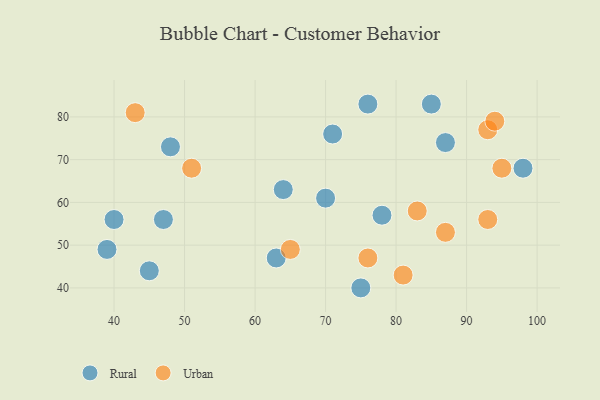
{"axis": {"x": "GDP", "y": "Life Expectancy"}, "legend": ["Rural", "Urban"], "data": [{"x": "47", "y": 56, "type": "Rural"}, {"x": "45", "y": 44, "type": "Rural"}, {"x": "40", "y": 56, "type": "Rural"}, {"x": "85", "y": 83, "type": "Rural"}, {"x": "70", "y": 61, "type": "Rural"}, {"x": "87", "y": 74, "type": "Rural"}, {"x": "98", "y": 68, "type": "Rural"}, {"x": "75", "y": 40, "type": "Rural"}, {"x": "48", "y": 73, "type": "Rural"}, {"x": "71", "y": 76, "type": "Rural"}, {"x": "78", "y": 57, "type": "Rural"}, {"x": "63", "y": 47, "type": "Rural"}, {"x": "76", "y": 83, "type": "Rural"}, {"x": "39", "y": 49, "type": "Rural"}, {"x": "64", "y": 63, "type": "Rural"}, {"x": "87", "y": 53, "type": "Urban"}, {"x": "93", "y": 77, "type": "Urban"}, {"x": "76", "y": 47, "type": "Urban"}, {"x": "51", "y": 68, "type": "Urban"}, {"x": "65", "y": 49, "type": "Urban"}, {"x": "43", "y": 81, "type": "Urban"}, {"x": "95", "y": 68, "type": "Urban"}, {"x": "93", "y": 56, "type": "Urban"}, {"x": "81", "y": 43, "type": "Urban"}, {"x": "94", "y": 79, "type": "Urban"}, {"x": "83", "y": 58, "type": "Urban"}]}